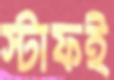
স্টাফই